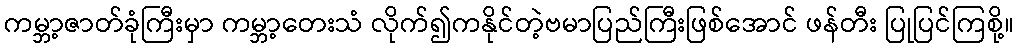
ကမ္ဘာ့ဇာတ်ခုံကြီးမှာ ကမ္ဘာ့တေးသံ လိုက်၍ကနိုင်တဲ့ဗမာပြည်ကြီးဖြစ်အောင် ဖန်တီး ပြုပြင်ကြစို့။